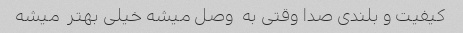
کیفیت و بلندی صدا وقتی به  وصل میشه خیلی بهتر  میشه